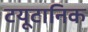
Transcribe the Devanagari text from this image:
टयूटानिक